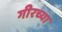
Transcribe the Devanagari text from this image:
गीरच्या